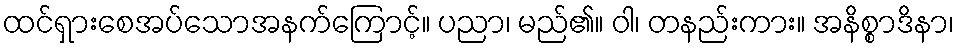
ထင်ရှားစေအပ်သောအနက်ကြောင့်။ ပညာ၊ မည်၏။ ဝါ၊ တနည်းကား။ အနိစ္စာဒိနာ၊